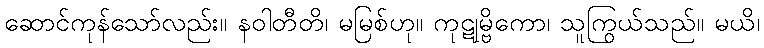
ဆောင်ကုန်သော်လည်း။ နဝါတီတိ၊ မမြစ်ဟု။ ကုဋုမ္ဗိကော၊ သူကြွယ်သည်။ မယိ၊